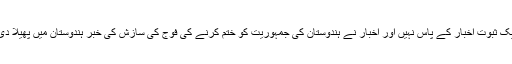
ایک ثبوت اخبار کے پاس نہیں اور اخبار نے ہندوستان کی جمہوریت کو ختم کرنے کی فوج کی سازش کی خبر ہندوستان میں پھیلا دی۔